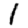
Digit: 1